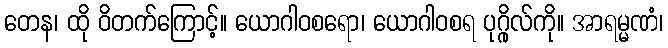
တေန၊ ထို ဝိတက်ကြောင့်။ ယောဂါဝစရော၊ ယောဂါဝစရ ပုဂ္ဂိုလ်ကို။ အာရမ္မဏံ၊